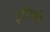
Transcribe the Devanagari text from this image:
इनिकी